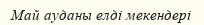
Май ауданы елді мекендері